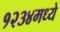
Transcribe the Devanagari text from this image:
१२३४मध्ये